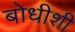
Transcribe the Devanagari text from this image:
बोधीशी